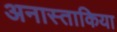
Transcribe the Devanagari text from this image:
अनास्ताकिया